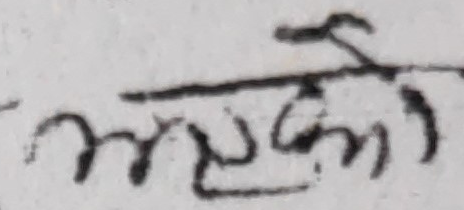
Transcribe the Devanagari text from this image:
आएको